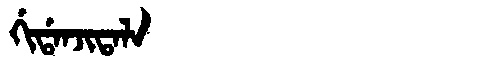
Manchu: ᡤᡳᡩᠠᠨᠵᡳᡨᠠᠯᠠ
Romanization: GIDANJITALA